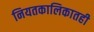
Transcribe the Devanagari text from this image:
नियतकालिकातही